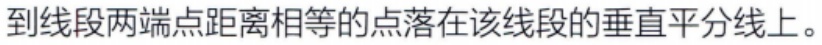
到线段两端点距离相等的点落在该线段的垂直平分线上。